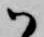
ハ